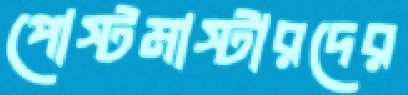
পোস্টমাস্টারদের